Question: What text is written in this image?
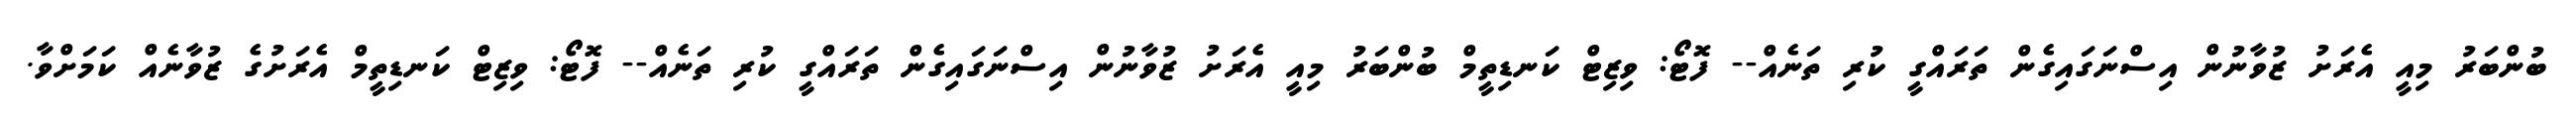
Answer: ބުންބަރު މިއީ އެރަށު ޒުވާނުން އިސްނަގައިގެން ތަރައްގީ ކުރި ތަނެއް-- ފޮޓޯ: ވިޒިޓް ކަނޑިތީމް ބުންބަރު މިއީ އެރަށު ޒުވާނުން އިސްނަގައިގެން ތަރައްގީ ކުރި ތަނެއް-- ފޮޓޯ: ވިޒިޓް ކަނޑިތީމް އެރަށުގެ ޒުވާނެއް ކަމަށްވާ.